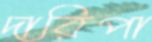
দারিপা